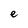
Character: e